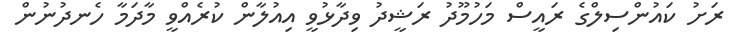
ރަށު ކައުންސިލްގެ ރައީސް މަހުމޫދު ރަޝީދު ވިދާޅުވީ އިއުލާން ކުރެއްވީ މާދަމާ ހެނދުނުން